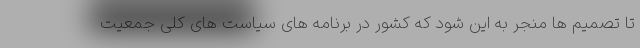
تا تصمیم ها منجر به این شود که کشور در برنامه های سیاست های کلی جمعیت